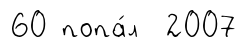
60 попа́л 2007